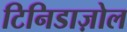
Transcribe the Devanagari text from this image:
टिनिडाज़ोल